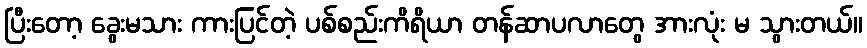
ပြီးတော့ ခွေးမသား ကားပြင်တဲ့ ပစ်စည်းကိရိယာ တန်ဆာပလာတွေ အားလုံး မ သွားတယ်။